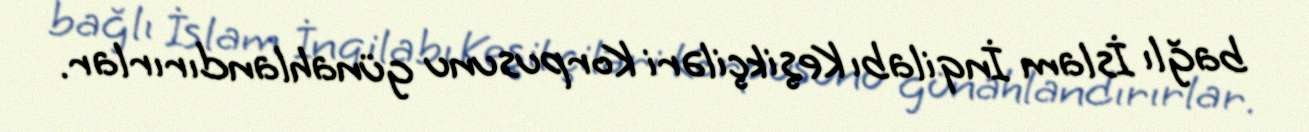
bağlı İslam İnqilabı Keşikçiləri Korpusunu günahlandırırlar.